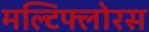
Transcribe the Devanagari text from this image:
मल्टिफ्लोरस